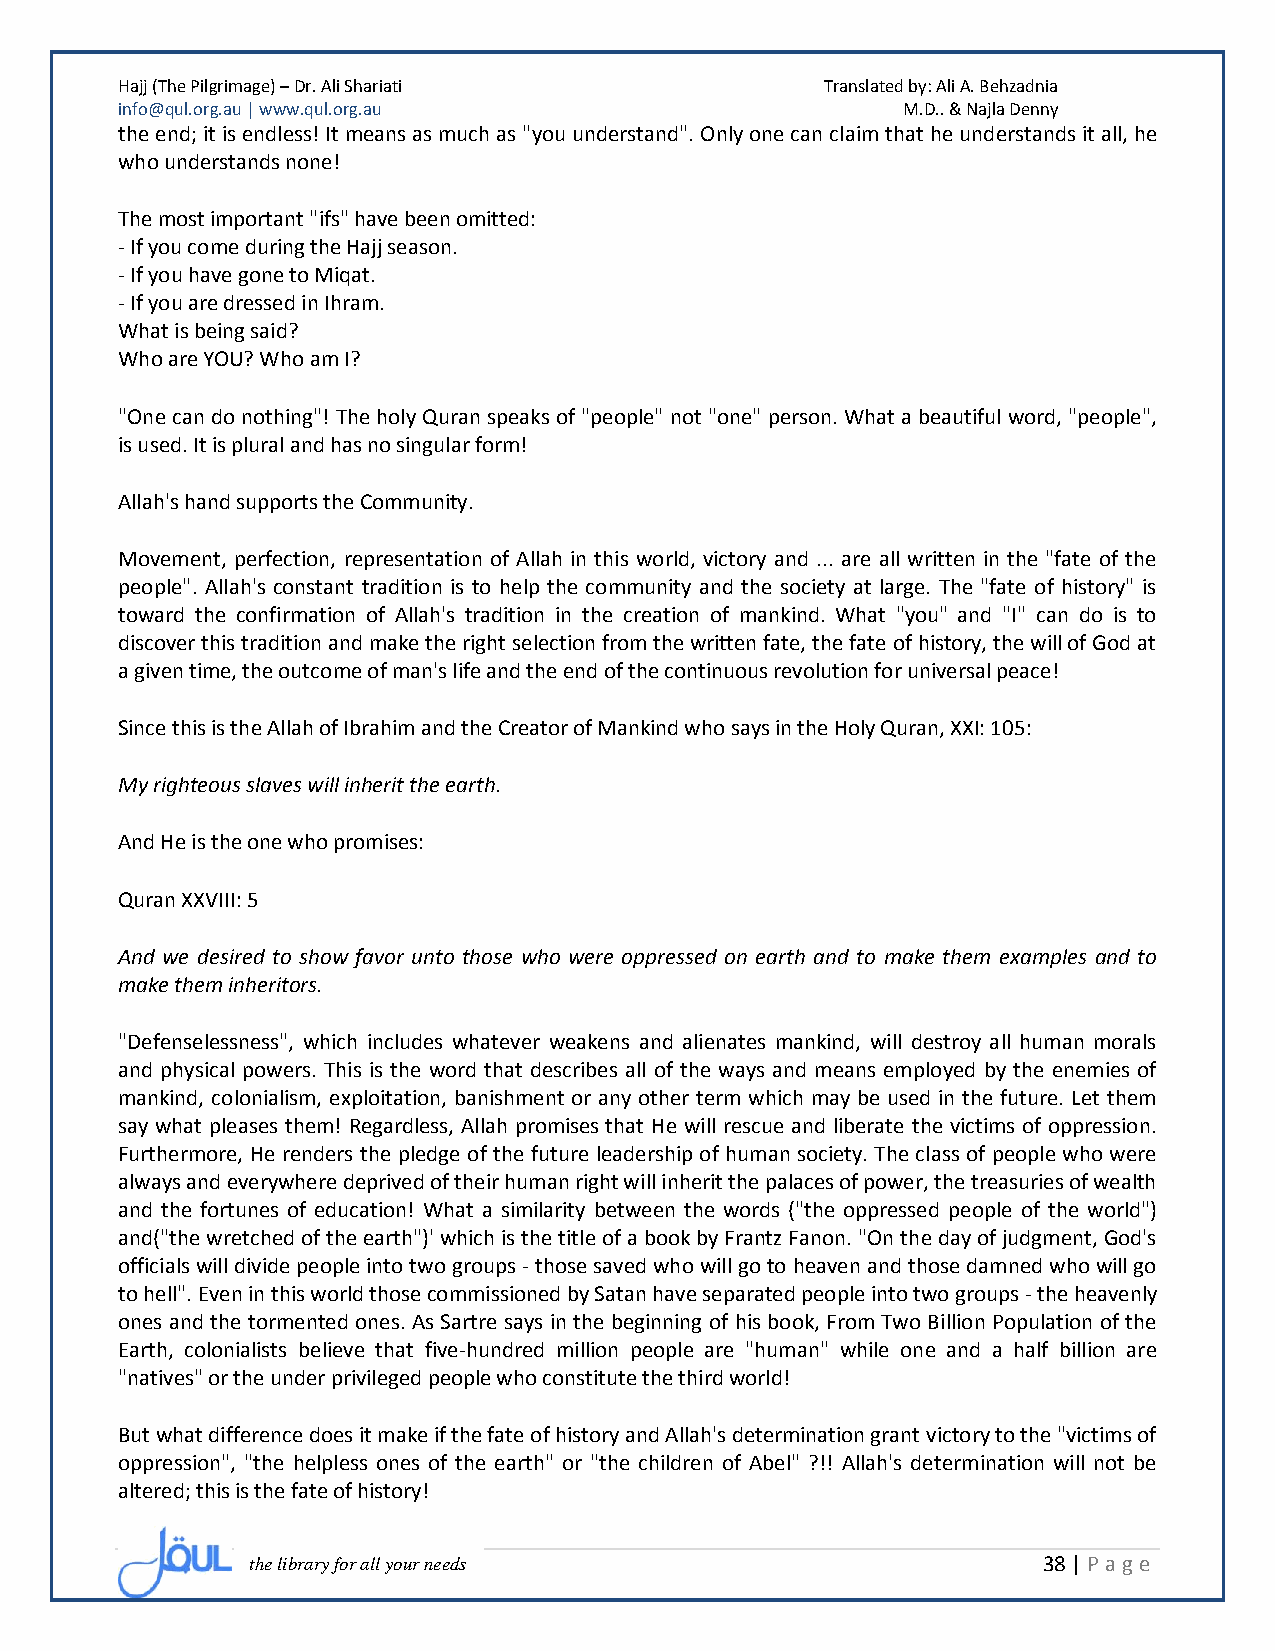
Hajj (The Pilgrimage) – Dr. Ali Shariati       Translated by: Ali A. Behzadnia
 info@qul.org.au | www.qul.org.au                    M.D.. & Najla Denny
 the end; it is endless! It means as much as "you understand". Only one can claim that he understands it all, he
 who understands none!
 The most important "ifs" have been omitted:
 - If you come during the Hajj season.
 - If you have gone to Miqat.
 - If you are dressed in Ihram.
 What is being said?
 Who are YOU? Who am I?
 "One can do nothing"! The holy Quran speaks of "people" not "one" person. What a beautiful word, "people",
 is used. It is plural and has no singular form!
 Allah's hand supports the Community.
 Movement, perfection, representation of Allah in this world, victory and ... are all written in the "fate of the
 people". Allah's constant tradition is to help the community and the society at large. The "fate of history" is
 toward the confirmation of Allah's tradition in the creation of mankind. What "you" and "I" can do is to
 discover this tradition and make the right selection from the written fate, the fate of history, the will of God at
 a given time, the outcome of man's life and the end of the continuous revolution for universal peace!
 Since this is the Allah of Ibrahim and the Creator of Mankind who says in the Holy Quran, XXI: 105:
 My righteous slaves will inherit the earth.
 And He is the one who promises:
 Quran XXVIII: 5
 And we desired to show favor unto those who were oppressed on earth and to make them examples and to
 make them inheritors.
 "Defenselessness", which includes whatever weakens and alienates mankind, will destroy all human morals
 and physical powers. This is the word that describes all of the ways and means employed by the enemies of
 mankind, colonialism, exploitation, banishment or any other term which may be used in the future. Let them
 say what pleases them! Regardless, Allah promises that He will rescue and liberate the victims of oppression.
 Furthermore, He renders the pledge of the future leadership of human society. The class of people who were
 always and everywhere deprived of their human right will inherit the palaces of power, the treasuries of wealth
 and the fortunes of education! What a similarity between the words ("the oppressed people of the world")
 and("the wretched of the earth")' which is the title of a book by Frantz Fanon. "On the day of judgment, God's
 officials will divide people into two groups - those saved who will go to heaven and those damned who will go
 to hell". Even in this world those commissioned by Satan have separated people into two groups - the heavenly
 ones and the tormented ones. As Sartre says in the beginning of his book, From Two Billion Population of the
 Earth, colonialists believe that five-hundred million people are "human" while one and a half billion are
 "natives" or the under privileged people who constitute the third world!
 But what difference does it make if the fate of history and Allah's determination grant victory to the "victims of
 oppression", "the helpless ones of the earth" or "the children of Abel" ?!! Allah's determination will not be
 altered; this is the fate of history!
 the library for all your needs                      38 | P age